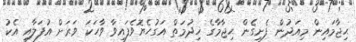
ޙިޖާމައިން މިއަދުން ފެށިގެެން ޙިޖާމާގެ ޚިދުމަތް އަގުހެެޔޮވެފައިވާ ވާހަކަ ވަރަށް އުފަލާއި އެެކު